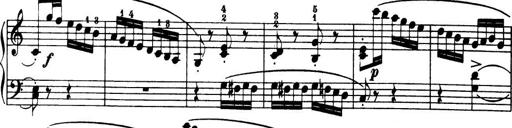
Title: 32 Sonatinas and Rondos for the Piano
Composer: Richard Kleinmichel